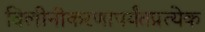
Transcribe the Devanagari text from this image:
विलीनीकरणापर्यंतप्रत्येक